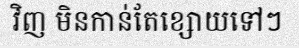
វិញ មិនកាន់តែខ្សោយទៅៗ